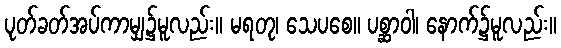
ပုတ်ခတ်အပ်ကာမျှ၌မူလည်း။ မရတု၊ သေပစေ။ ပစ္ဆာဝါ၊ နောက်၌မူလည်း။